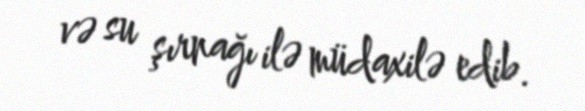
və su şırnağı ilə müdaxilə edib.